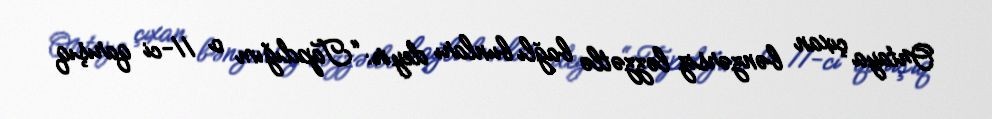
Ortaya çıxan bənzərsiz ləzzətlə bağlı bunları deyir: “Tapdığım o 11-ci qarışıq